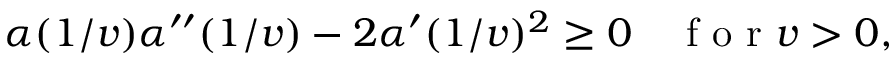
\alpha ( 1 / v ) \alpha ^ { \prime \prime } ( 1 / v ) - 2 \alpha ^ { \prime } ( 1 / v ) ^ { 2 } \geq 0 \quad \mathrm { ~ f ~ o ~ r ~ } v > 0 ,